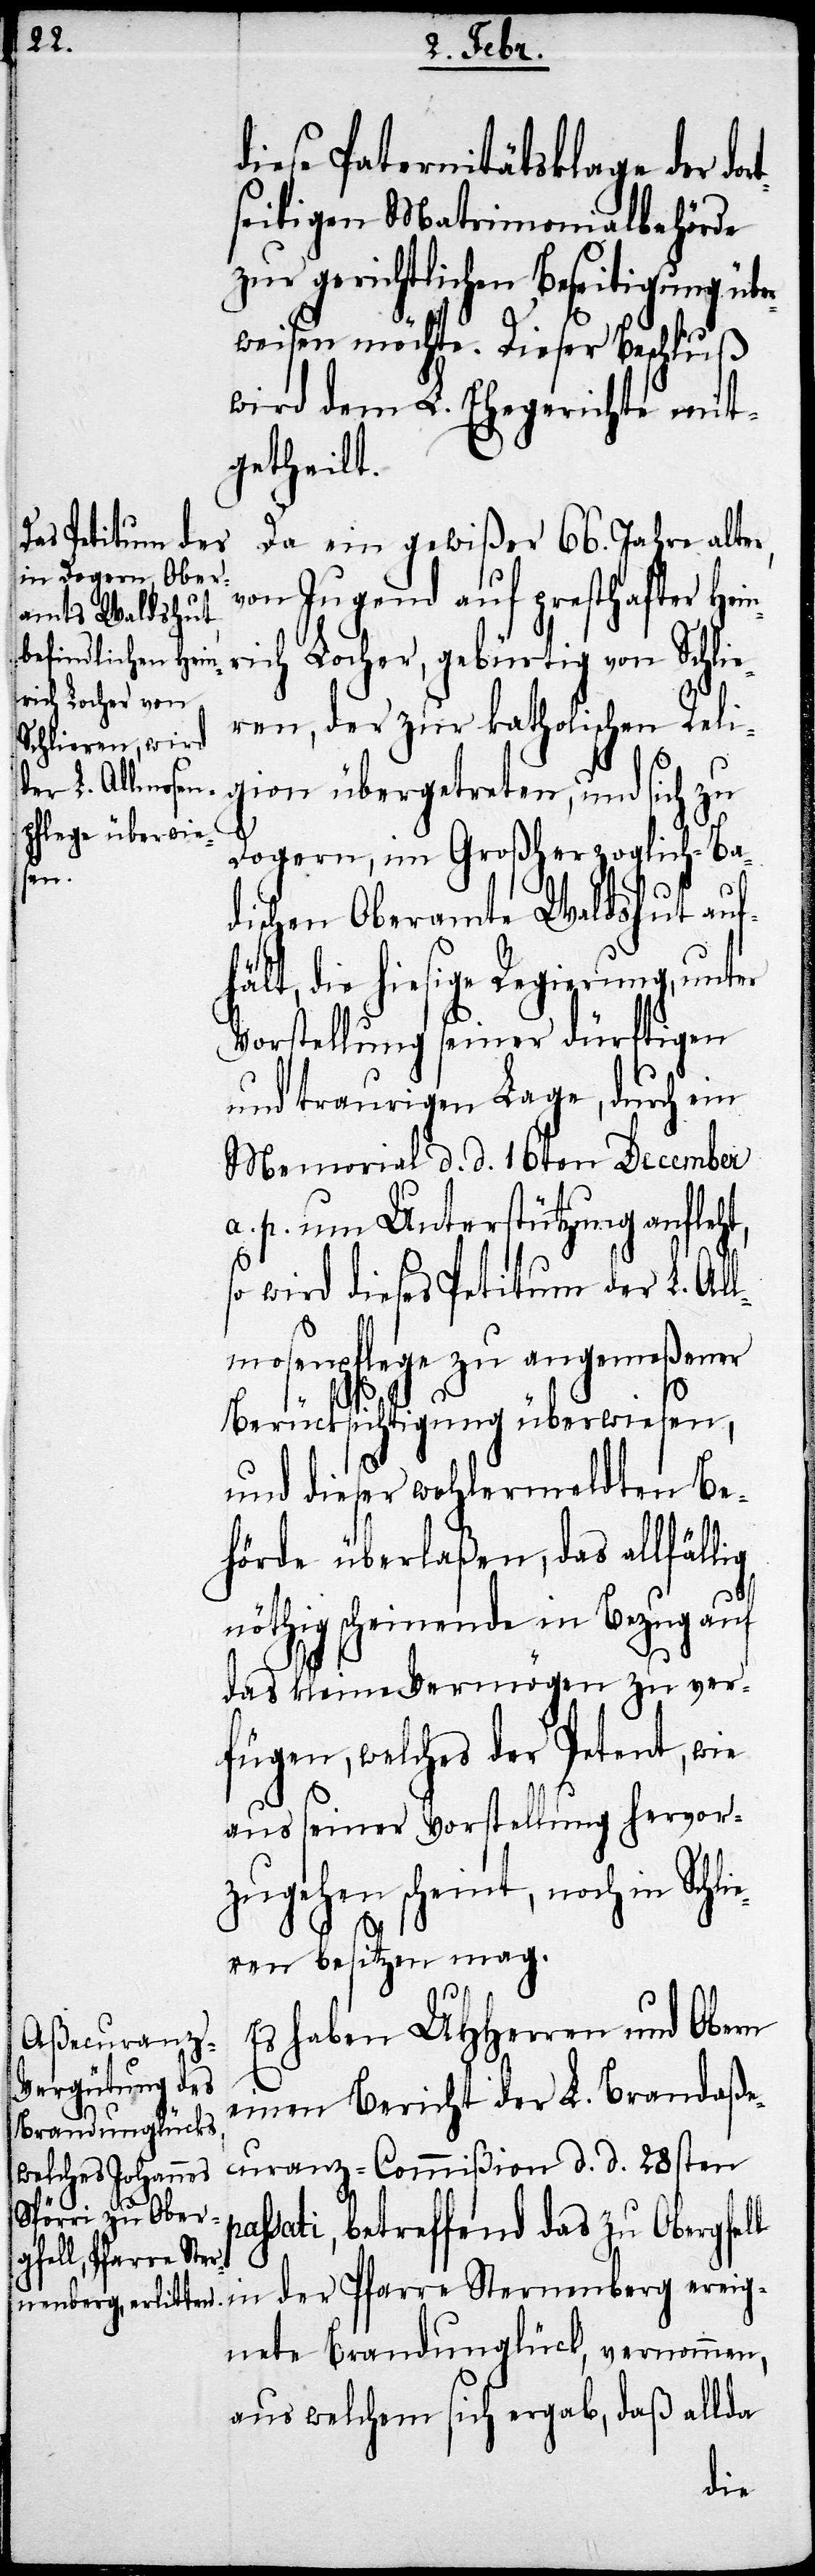
diese Paternitätsklage der do¬
seitigen Matrimonialbehörde
zur gerichtlichen Beseitigung übe¬
rweisen möchte. Dieser Beschluß
wird dem L. Ehegerichte mit¬
getheilt.
Da ein gewißer 66. Jahre alter,
von Jugend auf presthafter Hein¬
rich Locher, gebürtig von Schlie¬
ren, der zur katholischen Reli¬
gion übergetreten, und sich zu
Dogern, im Großherzoglich-Ba¬
pas¬
dischen Oberamte Waldshut auf¬
hält, die hiesige Regierung, unter
Vorstellung seiner dürftigen
und traurigen Lage, durch ein
Memorial d. d. 16ten December
a. p. um Unterstützung anfleht,
so wird dieses Petitum der L. Al¬
lmosenpflege zu angemeßener
Berücksichtigung überwiesen,
und dieser wohlermeldten Be¬
hörde überlaßen, das allfällig
nöthig scheinende in Bezug auf
das kleine Vermögen zu ver¬
fügen, welches der Petent, wie
aus seiner Vorstellung hervor¬
zugehen scheint, noch in Schli¬
eren besitzen mag.
Es haben UHHerren und Obern
einen Bericht der L. Brandaße¬
curanz-Commißion d. d. 28sten
nenberg ereig¬
sati, betreffend das zu Obergfell
der Pfarre Ster¬
nete Brandunglück, vernommen,
aus welchem sich ergab, daß allda